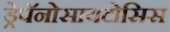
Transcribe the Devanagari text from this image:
ड्रेपॅनोसायटोसिस